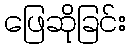
ဖြေဆိုခြင်း